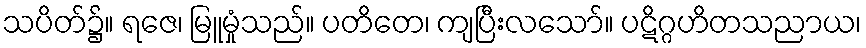
သပိတ်၌။ ရဇေ၊ မြူမှုံသည်။ ပတိတေ၊ ကျပြီးလသော်။ ပဋိဂ္ဂဟိတသညာယ၊